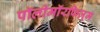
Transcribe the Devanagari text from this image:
पॉलीमॉरफिज़्म